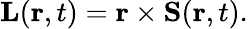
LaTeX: \mathbf{L}(\mathbf{r},t)=\mathbf{r}\times\mathbf{S}(\mathbf{r},t).